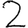
Digit: 2